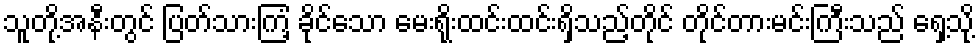
သူတို့အနီးတွင် ပြတ်သားကြံ့ ခိုင်သော မေးရိုးထင်းထင်းရှိသည့်တိုင် တိုင်တားမင်းကြီးသည် ရှေ့သို့